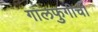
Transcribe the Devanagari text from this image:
गालफुगीची